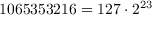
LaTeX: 1 0 6 5 3 5 3 2 1 6 = 1 2 7 \cdot 2 ^ { 2 3 }